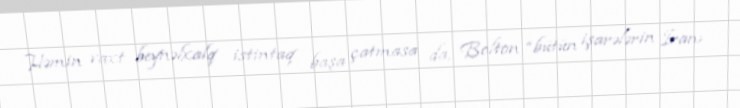
Həmin vaxt beynəlxalq istintaq başa çatmasa da, Bolton “bütün işarələrin İranı